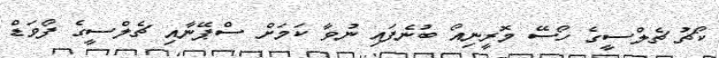
ކޯޗު ޗެލްސީގެ ހޯސޭ މޮރީނިއޯ ބުނެފައި ނުވާ ކަމަށް ސްޕޭނާއި ޗެލްސީގެ ފޯވަޑް